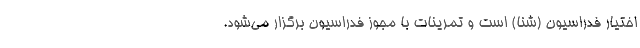
اختیار فدراسیون (شنا) است و تمرینات با مجوز فدراسیون برگزار می‌شود.